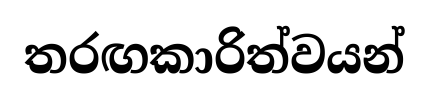
තරඟකාරිත්වයන්